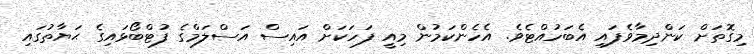
މިގޮތަށް ކަންދިމާވެފައި އެބަހުއްޓެވެ. އެހެންކަމުން މިއީ ފަހަކަށް އައިސް އަސްލަމްގެ ފުޓްބޯޅައިގެ ޙަޔާތުގައި